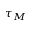
\tau _ { M }